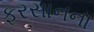
ફરસાનના